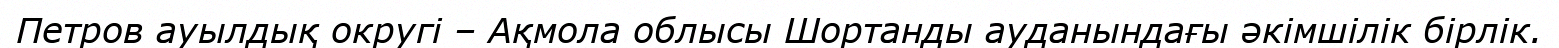
Петров ауылдық округі – Ақмола облысы Шортанды ауданындағы әкімшілік бірлік.